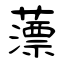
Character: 薸